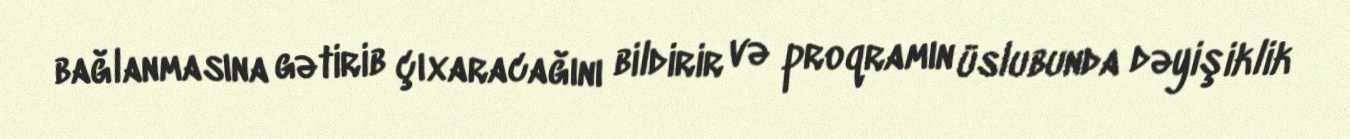
bağlanmasına gətirib çıxaracağını bildirir və proqramın üslubunda dəyişiklik